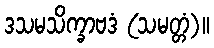
ဒသမသိက္ခာဗဒံ (သမတ္တံ)။